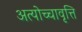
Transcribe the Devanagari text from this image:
अत्योच्चावृत्ति